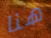
هنا